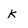
Character: k